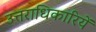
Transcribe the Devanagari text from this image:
उत्तराधिकारियें